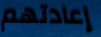
إعادتهم